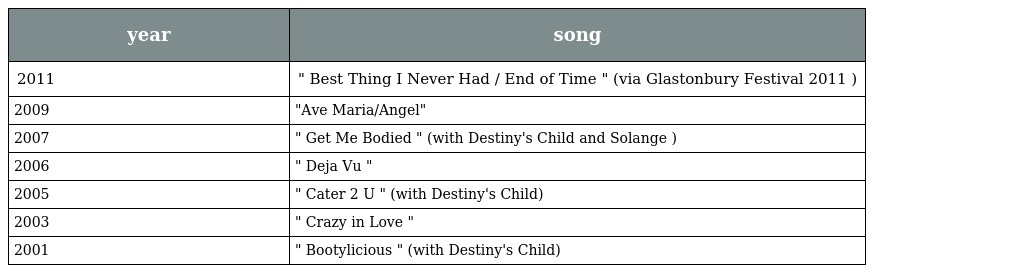
| year | song |
 | --- | --- |
 | 2011 | " Best Thing I Never Had / End of Time " (via Glastonbury Festival 2011 ) |
 | 2009 | "Ave Maria/Angel" |
 | 2007 | " Get Me Bodied " (with Destiny's Child and Solange ) |
 | 2006 | " Deja Vu " |
 | 2005 | " Cater 2 U " (with Destiny's Child) |
 | 2003 | " Crazy in Love " |
 | 2001 | " Bootylicious " (with Destiny's Child) |